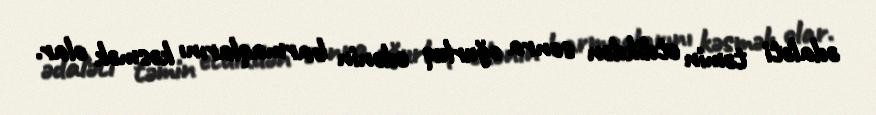
ədaləti təmin etdikdən sonra oğurluq edənin barmaqlarını kəsmək olar.